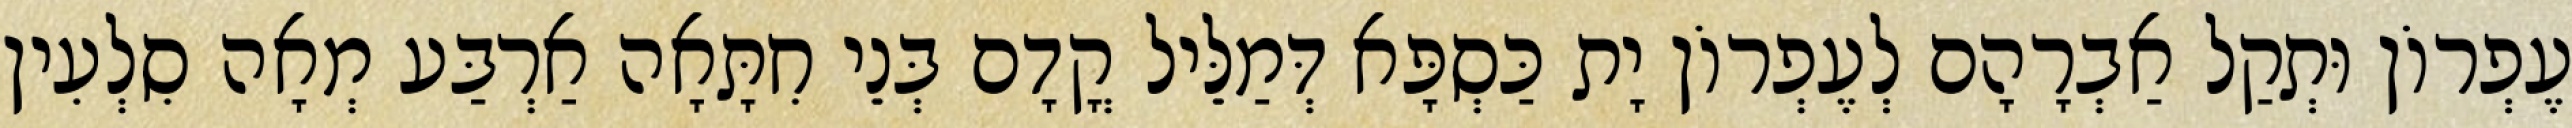
עֶפְרוֹן וּתְקַל אַבְרָהָם לְעֶפְרוֹן יָת כַּסְפָּא דְּמַלֵּיל קֳדָם בְּנֵי חִתָּאָה אַרְבַּע מְאָה סִלְעִין